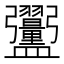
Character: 𪾞